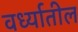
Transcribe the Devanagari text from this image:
वर्ध्यातील